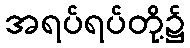
အရပ်ရပ်တို့၌